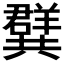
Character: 𭁝